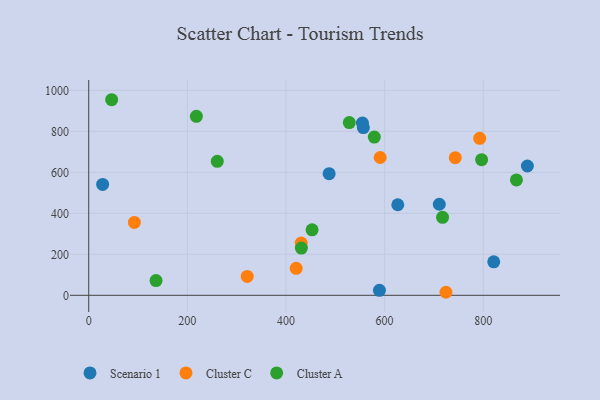
{"axis": {"x": "Study Hours", "y": "Rating"}, "legend": ["Cluster A", "Cluster C", "Scenario 1"], "data": [{"x": "487.5", "y": 593.6, "type": "Scenario 1"}, {"x": "555.0", "y": 840.3, "type": "Scenario 1"}, {"x": "626.7", "y": 441.9, "type": "Scenario 1"}, {"x": "589.5", "y": 24.4, "type": "Scenario 1"}, {"x": "710.9", "y": 444.4, "type": "Scenario 1"}, {"x": "28.2", "y": 540.8, "type": "Scenario 1"}, {"x": "889.5", "y": 631.0, "type": "Scenario 1"}, {"x": "556.9", "y": 818.5, "type": "Scenario 1"}, {"x": "821.3", "y": 163.2, "type": "Scenario 1"}, {"x": "92.6", "y": 355.6, "type": "Cluster C"}, {"x": "591.0", "y": 672.4, "type": "Cluster C"}, {"x": "321.4", "y": 92.3, "type": "Cluster C"}, {"x": "420.7", "y": 131.8, "type": "Cluster C"}, {"x": "743.3", "y": 671.4, "type": "Cluster C"}, {"x": "792.8", "y": 766.0, "type": "Cluster C"}, {"x": "430.9", "y": 255.3, "type": "Cluster C"}, {"x": "724.4", "y": 14.8, "type": "Cluster C"}, {"x": "717.5", "y": 380.7, "type": "Cluster A"}, {"x": "218.3", "y": 873.3, "type": "Cluster A"}, {"x": "796.7", "y": 661.9, "type": "Cluster A"}, {"x": "579.1", "y": 772.3, "type": "Cluster A"}, {"x": "260.7", "y": 653.8, "type": "Cluster A"}, {"x": "46.5", "y": 954.3, "type": "Cluster A"}, {"x": "452.9", "y": 319.6, "type": "Cluster A"}, {"x": "136.5", "y": 71.8, "type": "Cluster A"}, {"x": "867.3", "y": 562.9, "type": "Cluster A"}, {"x": "528.4", "y": 843.0, "type": "Cluster A"}, {"x": "431.2", "y": 230.4, "type": "Cluster A"}]}